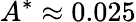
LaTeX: A^{*}\approx 0.025